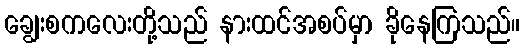
ချွေးစကလေးတို့သည် နားထင်အစပ်မှာ ခိုနေကြသည်။